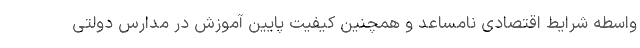
واسطه شرایط اقتصادی نامساعد و همچنین کیفیت پایین آموزش در مدارس دولتی